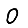
Digit: 0